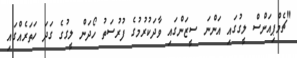
"ޗެމްޕިއަންސް ލީގުގައި އަންނަ ސީޒަންގައި ވާދަކުރުމުގެ ފުރުސަތު ހޯދަން ލީގުގެ ގަދަ ހަތަރެއްގައި